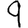
Digit: 9